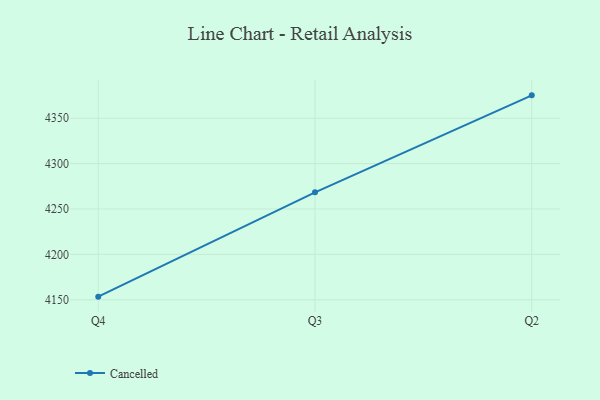
{"axis": {"x": "Quarter", "y": "Demand Index"}, "legend": ["Cancelled"], "data": [{"x": "Q4", "y": 4153.4, "type": "Cancelled"}, {"x": "Q3", "y": 4268.3, "type": "Cancelled"}, {"x": "Q2", "y": 4375.2, "type": "Cancelled"}]}